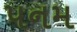
પનમ